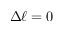
\Delta \ell = 0